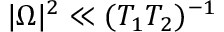
| \Omega | ^ { 2 } \ll ( T _ { 1 } T _ { 2 } ) ^ { - 1 }